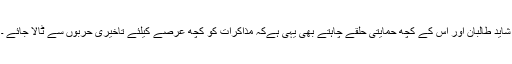
شاید طالبان اور اس کے کچھ حمایتی حلقے چاہتے بھی یہی ہےکہ مذاکرات کو کچھ عرصے کیلئے تاخیری حربوں سے ٹالا جائے ۔